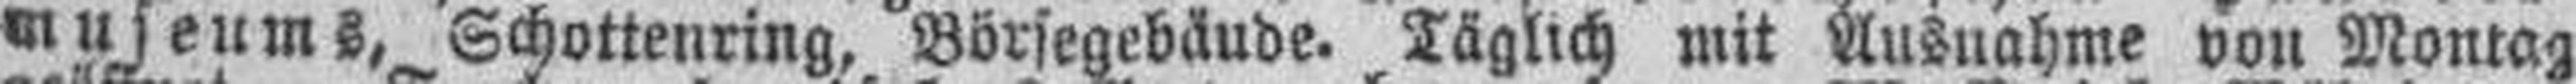
museums, Schottenring, Börsegebäude. Täglich mit Ausnahme von Montag